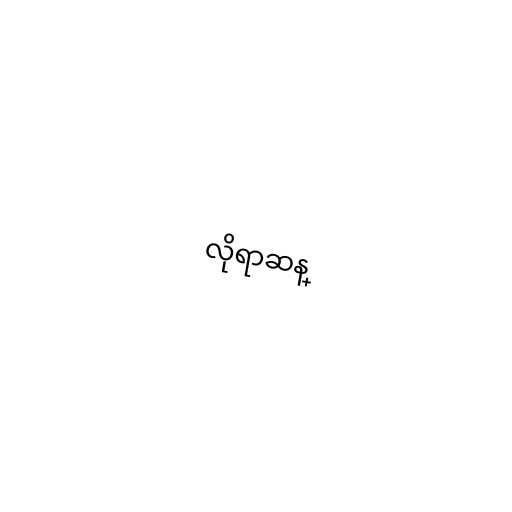
လိုရာဆန္